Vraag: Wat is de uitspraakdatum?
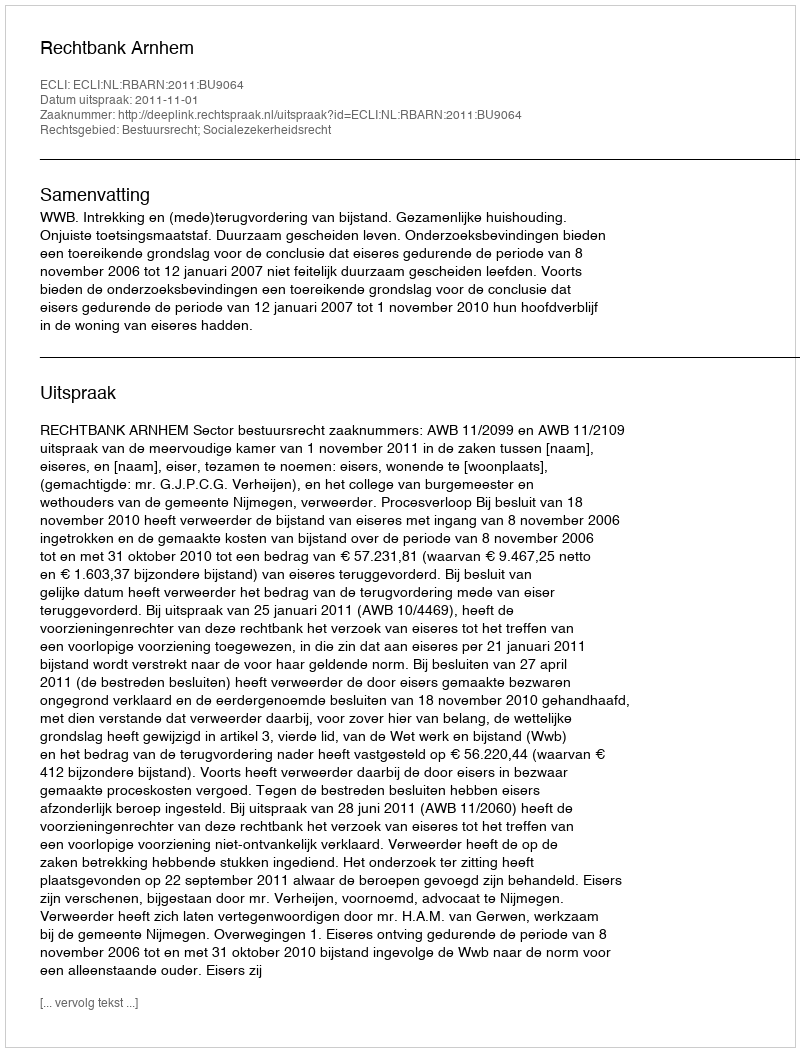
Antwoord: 2011-11-01